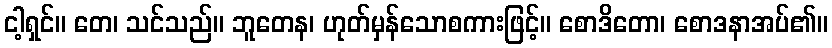
ငါ့ရှင်။ တေ၊ သင်သည်။ ဘူတေန၊ ဟုတ်မှန်သောစကားဖြင့်။ စောဒိတော၊ စောဒနာအပ်၏။